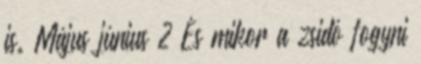
is. Május június 2 És mikor a zsidó fogyni